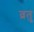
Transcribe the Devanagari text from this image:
व्रतु